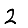
Digit: 2